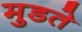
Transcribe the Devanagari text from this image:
मुडते